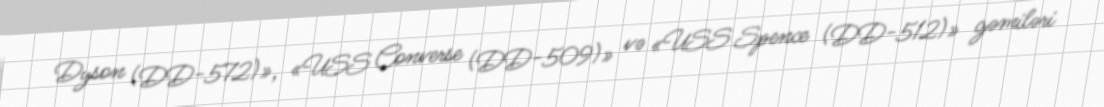
Dyson (DD-572)», «USS Converse (DD-509)» və «USS Spence (DD-512)» gəmiləri